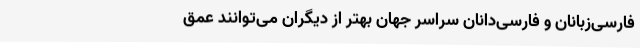
فارسی‌زبانان و فارسی‌دانان سراسر جهان بهتر از دیگران می‌توانند عمق